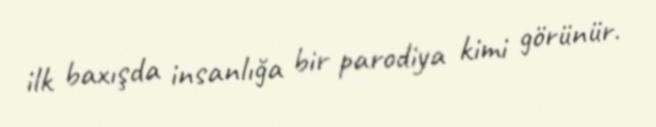
ilk baxışda insanlığa bir parodiya kimi görünür.